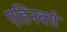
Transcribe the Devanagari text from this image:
एडिनबर्ग़